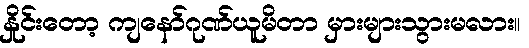
နှိုင်းတော့ ကျနော်ဂုဏ်ယူမိတာ မှားများသွားမလား။